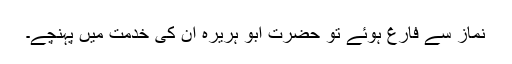
نماز سے فارغ ہوئے تو حضرت ابو ہریرہؓ ان کی خدمت میں پہنچے۔